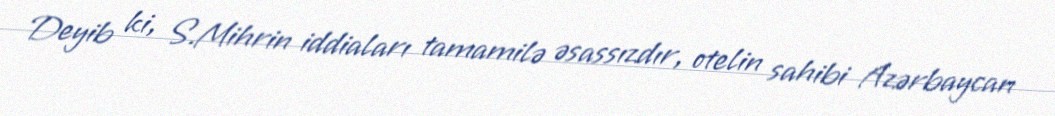
Deyib ki, S.Mihrin iddiaları tamamilə əsassızdır, otelin sahibi Azərbaycan